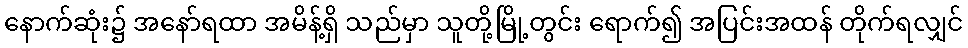
နောက်ဆုံး၌ အနော်ရထာ အမိန့်ရှိ သည်မှာ သူတို့မြို့တွင်း ရောက်၍ အပြင်းအထန် တိုက်ရလျှင်